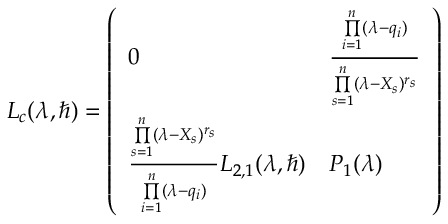
L _ { c } ( \lambda , \hbar ) = \left( \begin{array} { l l } { 0 } & { \frac { \underset { i = 1 } { \overset { n } { \prod } } ( \lambda - q _ { i } ) } { \underset { s = 1 } { \overset { n } { \prod } } ( \lambda - X _ { s } ) ^ { r _ { s } } } } \\ { \frac { \underset { s = 1 } { \overset { n } { \prod } } ( \lambda - X _ { s } ) ^ { r _ { s } } } { \underset { i = 1 } { \overset { n } { \prod } } ( \lambda - q _ { i } ) } L _ { 2 , 1 } ( \lambda , \hbar ) } & { P _ { 1 } ( \lambda ) } \end{array} \right)